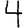
Digit: 4